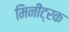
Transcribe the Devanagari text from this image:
मिनीट्रक